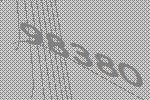
98380